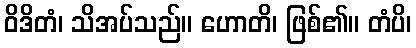
ဝိဒိတံ၊ သိအပ်သည်။ ဟောတိ၊ ဖြစ်၏။ တံပိ၊